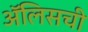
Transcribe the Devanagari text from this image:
ॲलिसची